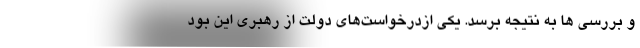
و بررسی ها به نتیجه برسد. یکی ازدرخواست‌های دولت از رهبری این بود